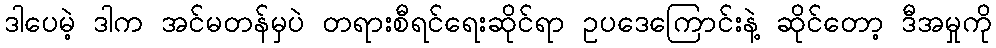
ဒါပေမဲ့ ဒါက အင်မတန်မှပဲ တရားစီရင်ရေးဆိုင်ရာ ဥပဒေကြောင်းနဲ့ ဆိုင်တော့ ဒီအမှုကို